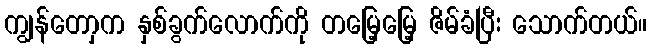
ကျွန်တောှက နှစ်ခွက်လောက်ကို တမြေ့မြေ့ ဇိမ်ခံပြီး သောက်တယ်။